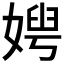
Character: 𡞲